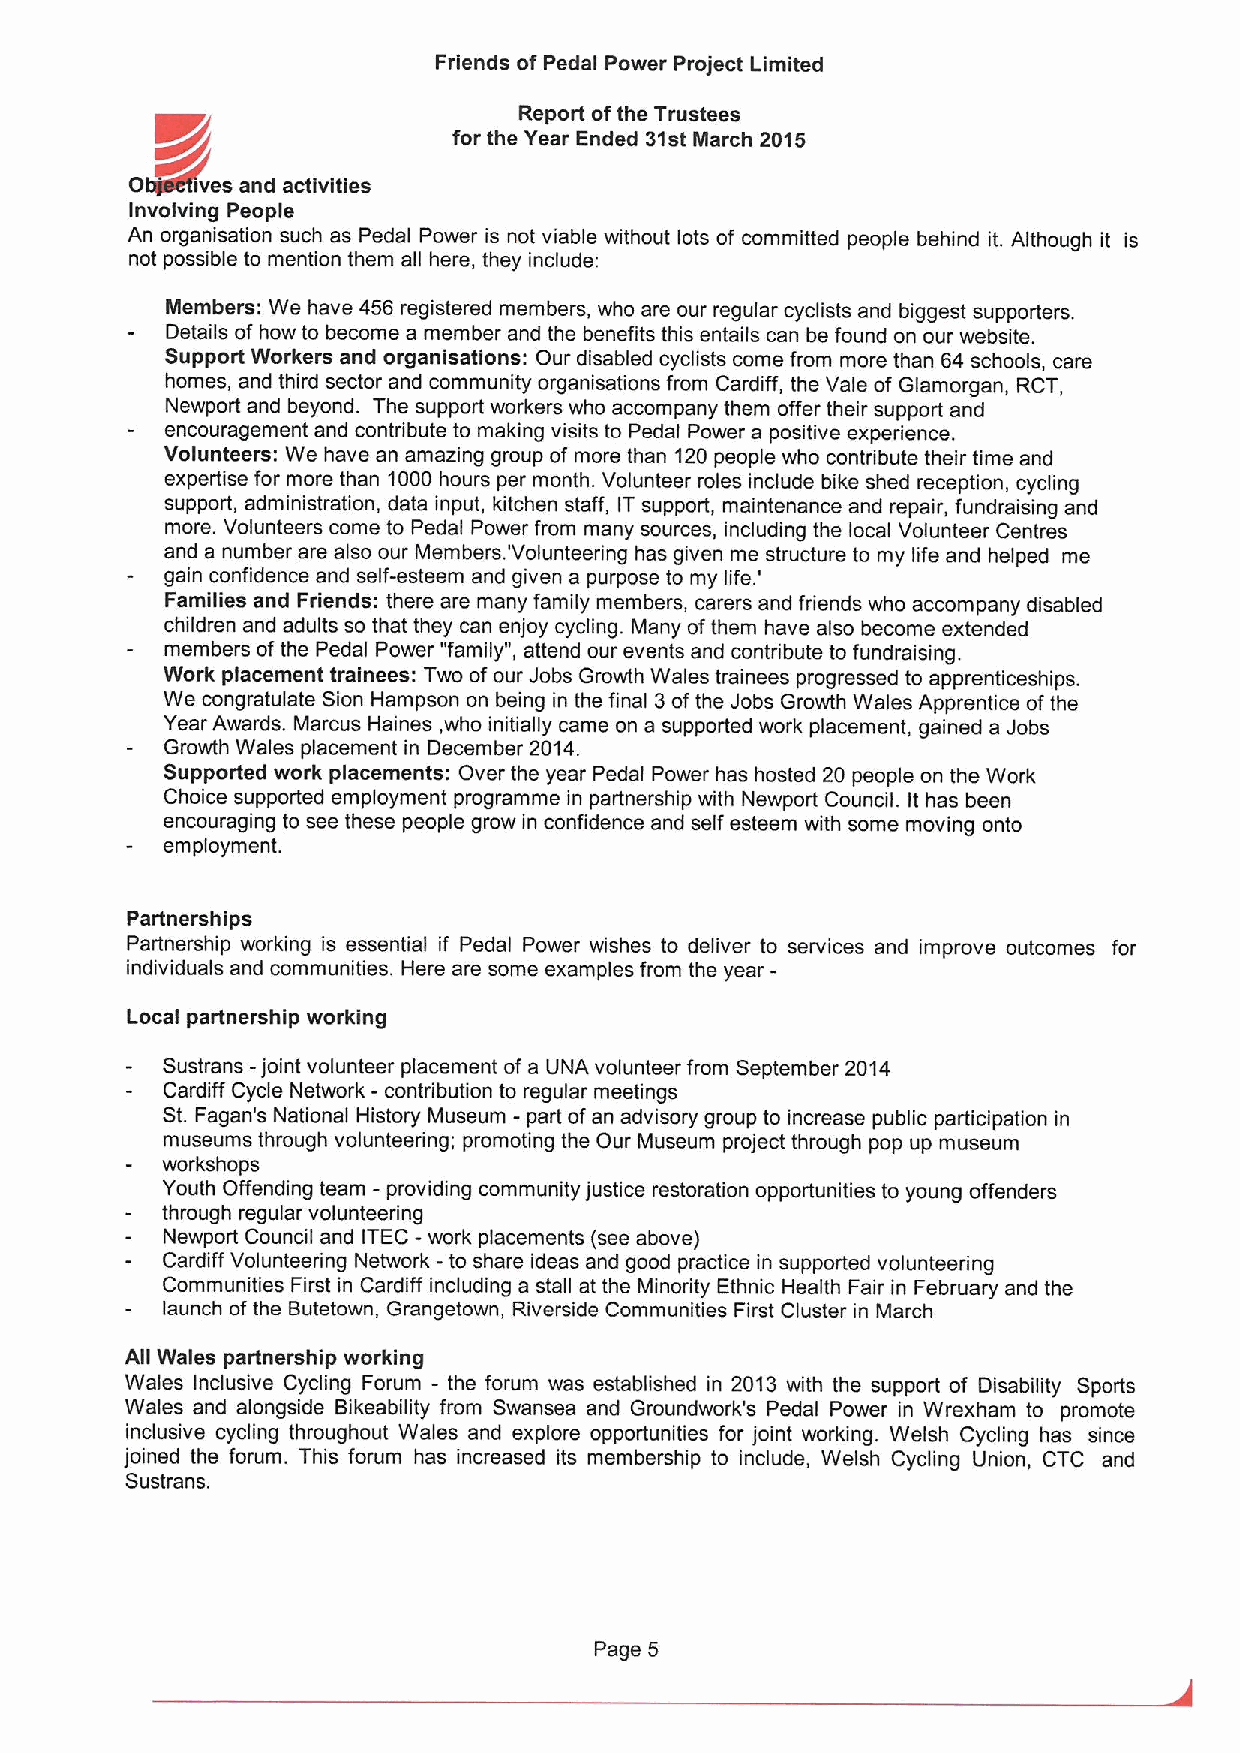
Friends of Pedal Power Project Limited
 Report ofthe Trustees
 for the Year Ended 31st March 2015
 D   yves and activities
 Involving People
 An organisation such as Pedal Power is not viable without lots of committed people behind it. Although it is
 not possible to mention them all here, they include:
 Members: We have 456 registered members, who are our regular cyclists and biggest supporters.
 Details of how to become a member and the benefits this entails can be found on our website.
 Support Workers and organisations: Our disabled cyclists come from more than 64 schools, care
 homes, and third sector and community organisations from Cardiff, the Vale of Glamorgan, RCT,
 Newport and beyond. The support workers who accompany them offer their support and
 encouragement and contribute to making visits to Pedal Power a positive experience.
 Volunteers: We have an amazing group of more than 120people who contribute their time and
 expertise for more than 1000hours per month. Volunteer roles include bike shed reception, cycling
 support, administration, data input, kitchen staff, ITsupport, maintenance and repair, fundraising and
 more. Volunteers come to Pedal Power from many sources, including the local Volunteer Centres
 and a number are also our Members. 'Volunteering has given me structure to my life and helped me
 gain confidence and self-esteem and given a purpose to my life.'
 Families and Friends: there are many family members, carers and friends who accompany disabled
 children and adults so that they can enjoy cycling. Many ofthem have also become extended
 members ofthe Pedal Power "family", attend our events and contribute to fundraising.
 Work placement trainees: Two ofour Jobs Growth Wales trainees progressed to apprenticeships.
 We congratulate Sion Hampson on being in the final 3ofthe Jobs Growth Wales Apprentice ofthe
 Year Awards. Marcus Haines, who initially came on a supported work placement, gained a Jobs
 Growth Wales placement in December 2014.
 Supported work placements: Over the year Pedal Power has hosted 20 people on the Work
 Choice supported employment programme in partnership with Newport Council. It has been
 encouraging to see these people grow in confidence and self esteem with some moving onto
 employment.
 Partnerships
 Partnership working is essential if Pedal Power wishes to deliver to services and improve outcomes for
 individuals and communities. Here are some examples from the year-
 Local partnership working
 Sustrans -joint volunteer placement of a UNA volunteer from September 2014
 Cardiff Cycle Network - contribution to regular meetings
 St. Fagan's National History Museum - part ofan advisory group to increase public participation in
 museums through volunteering; promoting the Our Museum project through pop up museum
 workshops
 -
 Youth Offending team providing community justice restoration opportunities to young offenders
 through regular volunteering
 Newport Council and ITEC - work placements (see above)
 Cardiff Volunteering Network -to share ideas and good practice in supported volunteering
 Communities First in Cardiff including a stall at the Minority Ethnic Health Fair in February and the
 launch ofthe Butetown, Grangetown, Riverside Communities First Cluster in March
 AII Wales partnership working
 Wales Inclusive Cycling Forum - the forum was established in 2013 with the support of Disability Sports
 Wales and alongside Bikeability from Swansea and Groundwork's Pedal Power in Wrexham to promote
 inclusive cycling throughout Wales and explore opportunities for joint working. Welsh Cycling has since
 joined the forum. This forum has increased its membership to include, Welsh Cycling Union, CTC and
 Sustrans.
 Page 5